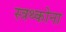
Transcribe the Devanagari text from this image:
स्त्रथ्कोना